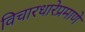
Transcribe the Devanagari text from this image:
विचारधारेप्रमाणे